system: You are a helpful assistant.
user:
Analyze the provided spectrum to determine if it is a **S-type Star**.

- **Key Indicators for S-type Star:**

    - **(Overall Spectrum Shape):** The first and most obvious characteristic is the overall continuum (the "baseline" shape). It is **extremely "red-sloping,"** meaning the flux (light intensity) is very low on the left side (blue, ~4000-4500 Å) and rises steeply and continuously toward the right side (red, ~7000 Å+).

    - **(Primary):** The spectrum is defined by the presence of strong, broad molecular absorption "valleys" (bands) from **Zirconium Oxide (ZrO)**. The identification of these bands is the **primary requirement** for classifying a star as S-type.
        - **(Key Bandheads):** You must find distinct, deep "dips" where the light has been absorbed. The most critical band systems to locate are:
            - **~6474 Å** ($\gamma$-system): This is often the strongest and clearest ZrO feature, found in the red part of the spectrum.
            - **~5718 Å** & **~5551 Å** ($\beta$-system): A pair of prominent absorption features in the yellow-orange part of the spectrum.
            - **~4640 Å** ($\alpha$-system): A key absorption band system in the blue-green region of the spectrum.

    - **(Secondary Confirmation):** The classification is strengthened by finding additional absorption bands from other related heavy element oxides, which are expected to be present alongside ZrO.
        - **(Key Bandheads):**
            - **Yttrium Oxide (YO):** Look for absorption dips near **~4800 Å** and **~6100 Å**.
            - **Lanthanum Oxide (LaO):** Additional absorption features, particularly in the red-orange part of the spectrum, are also characteristic.

    - **(Line Profile):** The combination of the steep red continuum and these numerous, deep molecular bands (ZrO, YO, etc.) gives the entire spectrum a very **"chopped-up"** or **"bumpy"** appearance. Instead of a smooth curve, the spectrum looks as though large, wide chunks of light have been "carved out" of it at the specific wavelengths listed above.

Think first, call **spectral_visualization_tool** if needed to examine features in detail, then provide your final answer. Your response must adhere to the following strict rules:
1.  **Overall Structure:** Your response must follow the format `<think>...</think> <tool_call>...</tool_call> (if a tool is used) <answer>...</answer>`.
2.  **Tool Usage Constraint:** You may only make **one** tool call per turn.
3.  **Final Answer Format:** In the `<answer>` tag, your conclusion must be inside a `\boxed{}` command (e.g., `\boxed{YES}` or `\boxed{NO}`), followed by your justification.

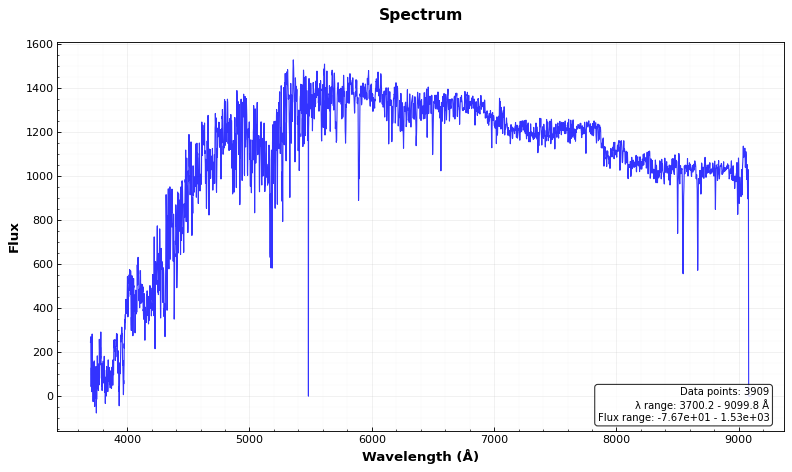
Answer: NO